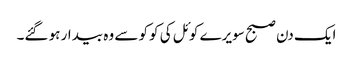
ایک دن صبح سویرے کوئل کی کوکو سے وہ بیدار ہو گئے۔